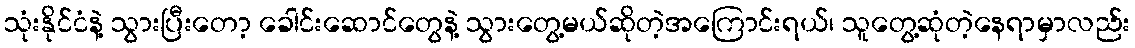
သုံးနိုင်ငံနဲ့ သွားပြီးတော့ ခေါင်းဆောင်တွေနဲ့ သွားတွေ့မယ်ဆိုတဲ့အကြောင်းရယ်၊ သူတွေ့ဆုံတဲ့နေရာမှာလည်း